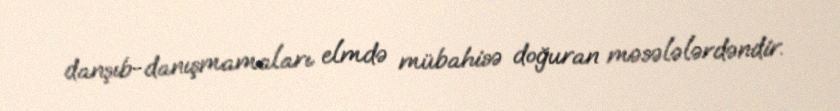
danşıb-danışmamaları elmdə mübahisə doğuran məsələlərdəndir.